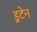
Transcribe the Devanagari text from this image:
ड्रटेन